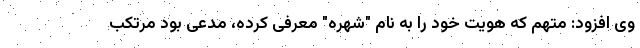
وی افزود: متهم که هویت خود را به نام "شهره" معرفی کرده، مدعی بود مرتکب